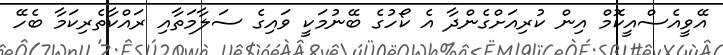
އޭވީއެސްއީކޮމް އިން ކުރިއަށްގެންދާ އެ ކޯހުގެ ބޭނުމަކީ ވައިގެ ސަލާމަތާއި ރައްކާތެރިކަމާ ބެހޭ